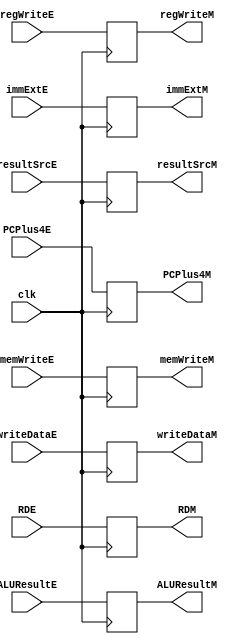
module EMReg(clk, regWriteE, resultSrcE, memWriteE, ALUResultE, writeDataE, RDE, immExtE, PCPlus4E, regWriteM, resultSrcM, memWriteM,
		ALUResultM, writeDataM, RDM, immExtM, PCPlus4M);
	input clk;
	input regWriteE;
	input[1:0] resultSrcE;
	input memWriteE;
	input[31:0] ALUResultE, writeDataE;
	input[4:0] RDE;
	input[31:0] immExtE, PCPlus4E;

	output reg regWriteM;
	output reg[1:0] resultSrcM;
	output reg memWriteM;
	output reg[31:0] ALUResultM, writeDataM;
	output reg[4:0] RDM;
	output reg[31:0] immExtM, PCPlus4M;

	always@(posedge clk)
	begin
		{regWriteM, resultSrcM, memWriteM, ALUResultM, writeDataM, RDM, immExtM, PCPlus4M} = {regWriteE, resultSrcE, memWriteE,
		ALUResultE, writeDataE, RDE, immExtE, PCPlus4E};
	end

endmodule